Vaccination United Provinces of Agra and Oudh 1923-1928 - 1923-1928
Year: 1923
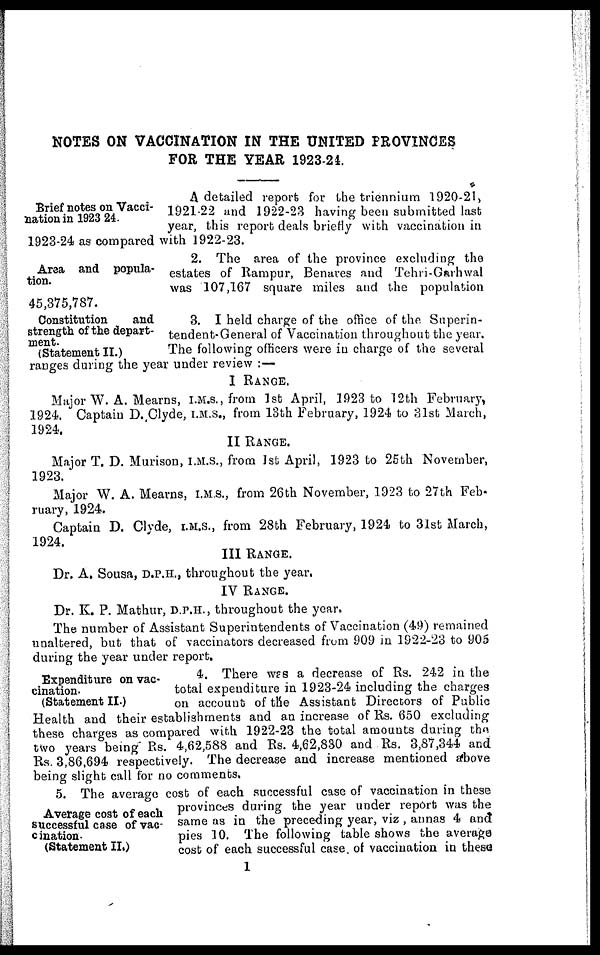
NOTES ON VACCINATION IN THE UNITED PROVINCES
FOR THE YEAR 1923-24.
Brief notes on Vacci-
nation in 1923 24.
A detailed report for the triennium 1920-21,
1921-22 and 1922-23 having been submitted last
year, this report deals briefly with vaccination in
1923-24 as compared with 1922-23.
Area and popula-
tion.
2. The area of the province excluding the
estates of Rampur, Benares and Tehri-Garhwal
was 107,167 square miles and the population
45,375,787.
Constitution
and
strength of the depart-
ment.
(Statement II.)
3. I held charge of the office of the Superin-
tendent-General of Vaccination throughout the year.
The following officers were in charge of the several
ranges during the year under review :—
I RANGE.
Major W. A. Mearns, I.M.S., from 1st April, 1923 to 12th February,
1924. Captain D. Clyde, I.M.S., from 13th February, 1924 to 31st March,
1924.
II RANGE.
Major T. D. Murison, I.M.S., from 1st April, 1923 to 25th November,
1923.
Major W. A. Mearns, I.M.S., from 26th November, 1923 to 27th Feb-
ruary, 1924.
Captain D. Clyde, I.M.S., from 28th February, 1924 to 31st March,
1924.
III RANGE.
Dr. A. Sousa, D.P.H., throughout the year.
IV RANGE.
Dr. K. P. Mathur, D.P.H., throughout the year.
The number of Assistant Superintendents of Vaccination (49) remained
unaltered, but that of vaccinators decreased from 909 in 1922-23 to 905
during the year under report.
Expenditure on vac-
cination.
(Statement II.)
4. There was a decrease of Rs. 242 in the
total expenditure in 1923-24 including the charges
on account of the Assistant Directors of Public
Health and their establishments and an increase of Rs. 650 excluding
these charges as compared with 1922-23 the total amounts during the
two years being Rs. 4,62,588 and Rs. 4,62,830 and Rs. 3,87,344 and
Rs. 3,86,694 respectively. The decrease and increase mentioned above
being slight call for no comments.
Average cost of each
successful case of vac
cination.
(Statement II.)
5. The average cost of each successful case of vaccination in these
provinces during the year under report was the
same as in the preceding year, viz , annas 4 and
pies 10. The following table shows the average
cost of each successful case of vaccination in these
1